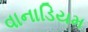
વાનાડિયમ